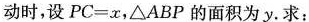
动时，设PC=x，△ABP的面积为y。求：